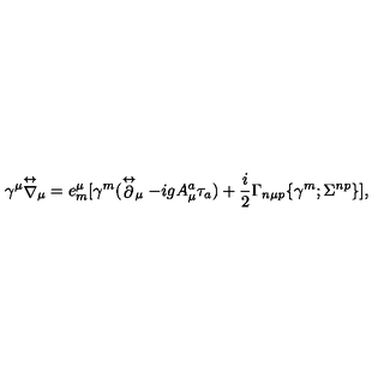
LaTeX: \gamma ^ { \mu } { \stackrel { \leftrightarrow } { \nabla } } _ { \mu } = e _ { m } ^ { \mu } [ \gamma ^ { m } ( \stackrel { \leftrightarrow } { \partial } _ { \mu } - i g A _ { \mu } ^ { a } \tau _ { a } ) + { \frac { i } { 2 } } \Gamma _ { n \mu p } \{ \gamma ^ { m } ; \Sigma ^ { n p } \} ] ,